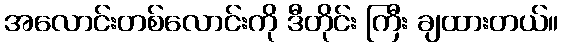
အလောင်းတစ်လောင်းကို ဒီတိုင်း ကြီး ချထားတယ်။